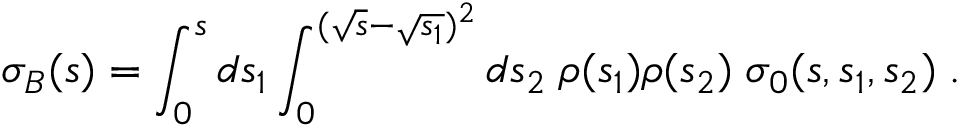
\sigma _ { B } ( s ) = \int _ { 0 } ^ { s } d s _ { 1 } \int _ { 0 } ^ { ( \sqrt { s } - \sqrt { s _ { 1 } } ) ^ { 2 } } d s _ { 2 } \; \rho ( s _ { 1 } ) \rho ( s _ { 2 } ) \; \sigma _ { 0 } ( s , s _ { 1 } , s _ { 2 } ) \; .